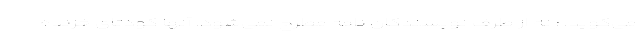
می‌گوید. : نه از طرف نویسندگان نامه مطرح نمی‌شود! آنها کودتای خزنده